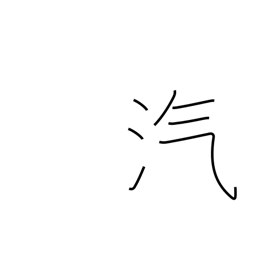
Meaning: vapor